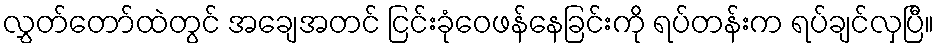
လွှတ်တော်ထဲတွင် အချေအတင် ငြင်းခုံဝေဖန်နေခြင်းကို ရပ်တန်းက ရပ်ချင်လှပြီ။